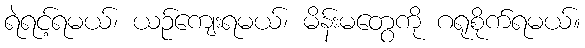
ရဲရင့်ရမယ်၊ ယဉ်ကျေးရမယ်၊ မိန်းမတွေကို ဂရုစိုက်ရမယ်။